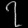
Digit: ၇